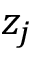
z _ { j }